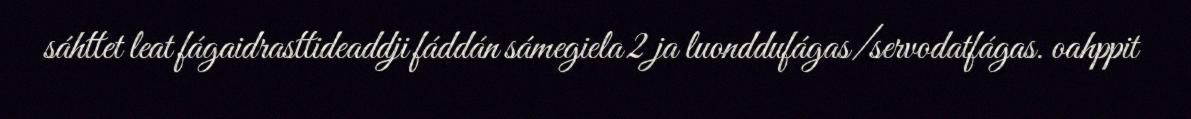
sáhttet leat fágaidrasttideaddji fáddán sámegiela 2 ja luonddufágas/servodatfágas. oahppit